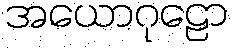
အယောဂုဠော